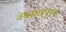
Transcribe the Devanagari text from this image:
वेबसाइट्‌स